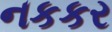
નકકર